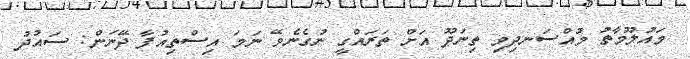
މައުލޫމާތު މުއްސަނދިވި ތިނަދޫ އަށް ތަރައްގީ ނުގެނެވޭ ނަމަ އިސްތިއުފާ ދޭނަން: ސައުދު